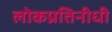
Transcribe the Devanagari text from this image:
लोकप्रतिनीधी